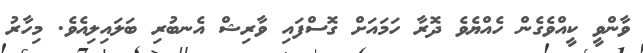
ވާންވީ ކީއްވެގެން ހެއްޔެވެ ދޮރާ ހަމައަށް ގޮސްފައި ވާރިޝް އެނބުރި ބަލައިލިއެވެ. މިހާރު